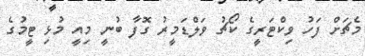
މެޗަށް ފަހު ވިކްޓަރީގެ ކޯޗު ވަލްޑަމީރު ގޮފާ ބުނީ މިއީ މުޅި ޓީމުގެ